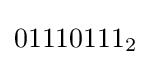
01110111_{2}